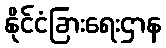
နိုင်ငံခြားရေးဌာန